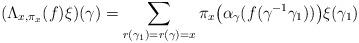
LaTeX: \begin{align*}(\Lambda_{x,\pi_{x}}(f)\xi)(\gamma)=\sum_{r(\gamma_{1})=r(\gamma)=x}\pi_{x}\big(\alpha_{\gamma}(f(\gamma^{-1}\gamma_{1}))\big)\xi(\gamma_{1})\end{align*}